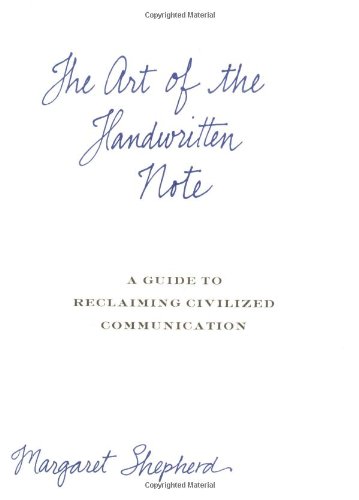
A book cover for The Art of the Handwritten Note: A Guide to Reclaiming Civilized Communication; Margaret Shepherd; Reference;